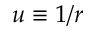
u \equiv 1 / r